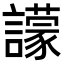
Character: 𧭊